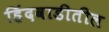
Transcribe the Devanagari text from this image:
हिंदवाडीतील